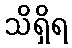
သိရှိရ